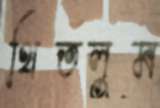
থিতলুম